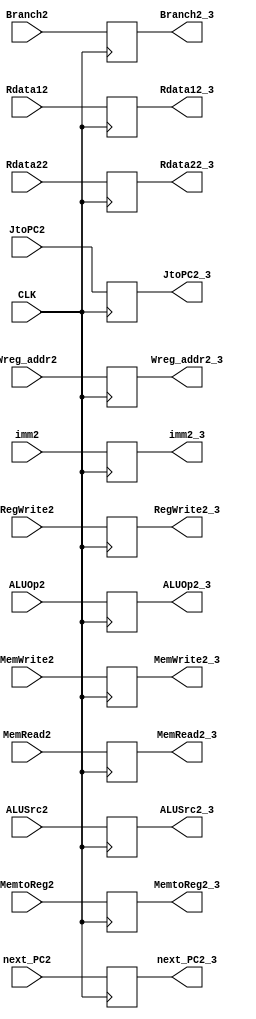
module Second_pipe(
  input CLK,
  input wire [4:0] Wreg_addr2,
  input wire [31:0] imm2,
  input wire [31:0] Rdata12,
  input wire [31:0] Rdata22,
  input wire [31:0] next_PC2,
  input wire JtoPC2,
  input wire Branch2,
  input wire RegWrite2,
  input wire ALUSrc2,
  input wire MemWrite2,
  input wire MemRead2,
  input wire MemtoReg2,
  input wire [3:0] ALUOp2,

  output reg [4:0] Wreg_addr2_3,
  output reg [31:0] imm2_3,
  output reg [31:0] Rdata12_3,
  output reg [31:0] Rdata22_3,
  output reg [31:0] next_PC2_3,
  output reg JtoPC2_3,
  output reg Branch2_3,
  output reg RegWrite2_3,
  output reg ALUSrc2_3,
  output reg MemWrite2_3,
  output reg MemRead2_3,
  output reg MemtoReg2_3,
  output reg [3:0] ALUOp2_3
);



always @(negedge CLK)
begin
  next_PC2_3 <= next_PC2;
  Rdata12_3 <= Rdata12;
  Rdata22_3 <= Rdata22;
  Wreg_addr2_3 <= Wreg_addr2;
  imm2_3 <= imm2;

  JtoPC2_3 <= JtoPC2;
  Branch2_3 <= Branch2;
  RegWrite2_3 <= RegWrite2;
  ALUSrc2_3 <= ALUSrc2;
  MemWrite2_3 <= MemWrite2;
  MemRead2_3 <= MemRead2;
  MemtoReg2_3 <= MemtoReg2;
  ALUOp2_3 <= ALUOp2;
end

endmodule